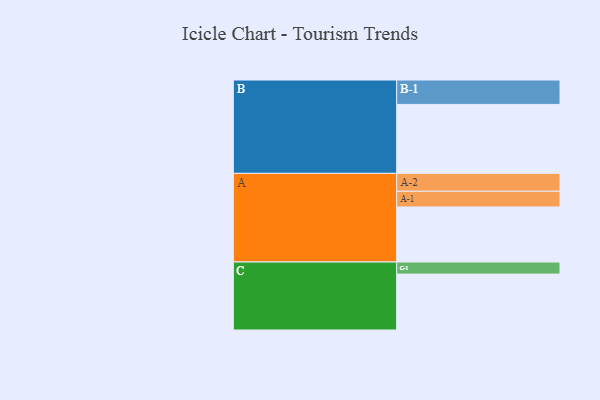
{"axis": {"x": "Segment", "y": "Value"}, "legend": ["", "A", "B", "C"], "data": [{"x": "A", "y": 397, "type": ""}, {"x": "B", "y": 497, "type": ""}, {"x": "C", "y": 403, "type": ""}, {"x": "A-1", "y": 113, "type": "A"}, {"x": "A-2", "y": 129, "type": "A"}, {"x": "B-1", "y": 176, "type": "B"}, {"x": "C-1", "y": 87, "type": "C"}]}